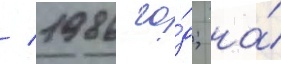
/ 1986 го́д; на́